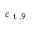
c _ { \textup { t } , 9 }